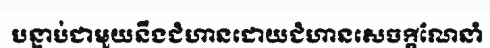
បន្ទាប់ជាមួយនឹងជំហានដោយជំហានសេចក្តីណែនាំ